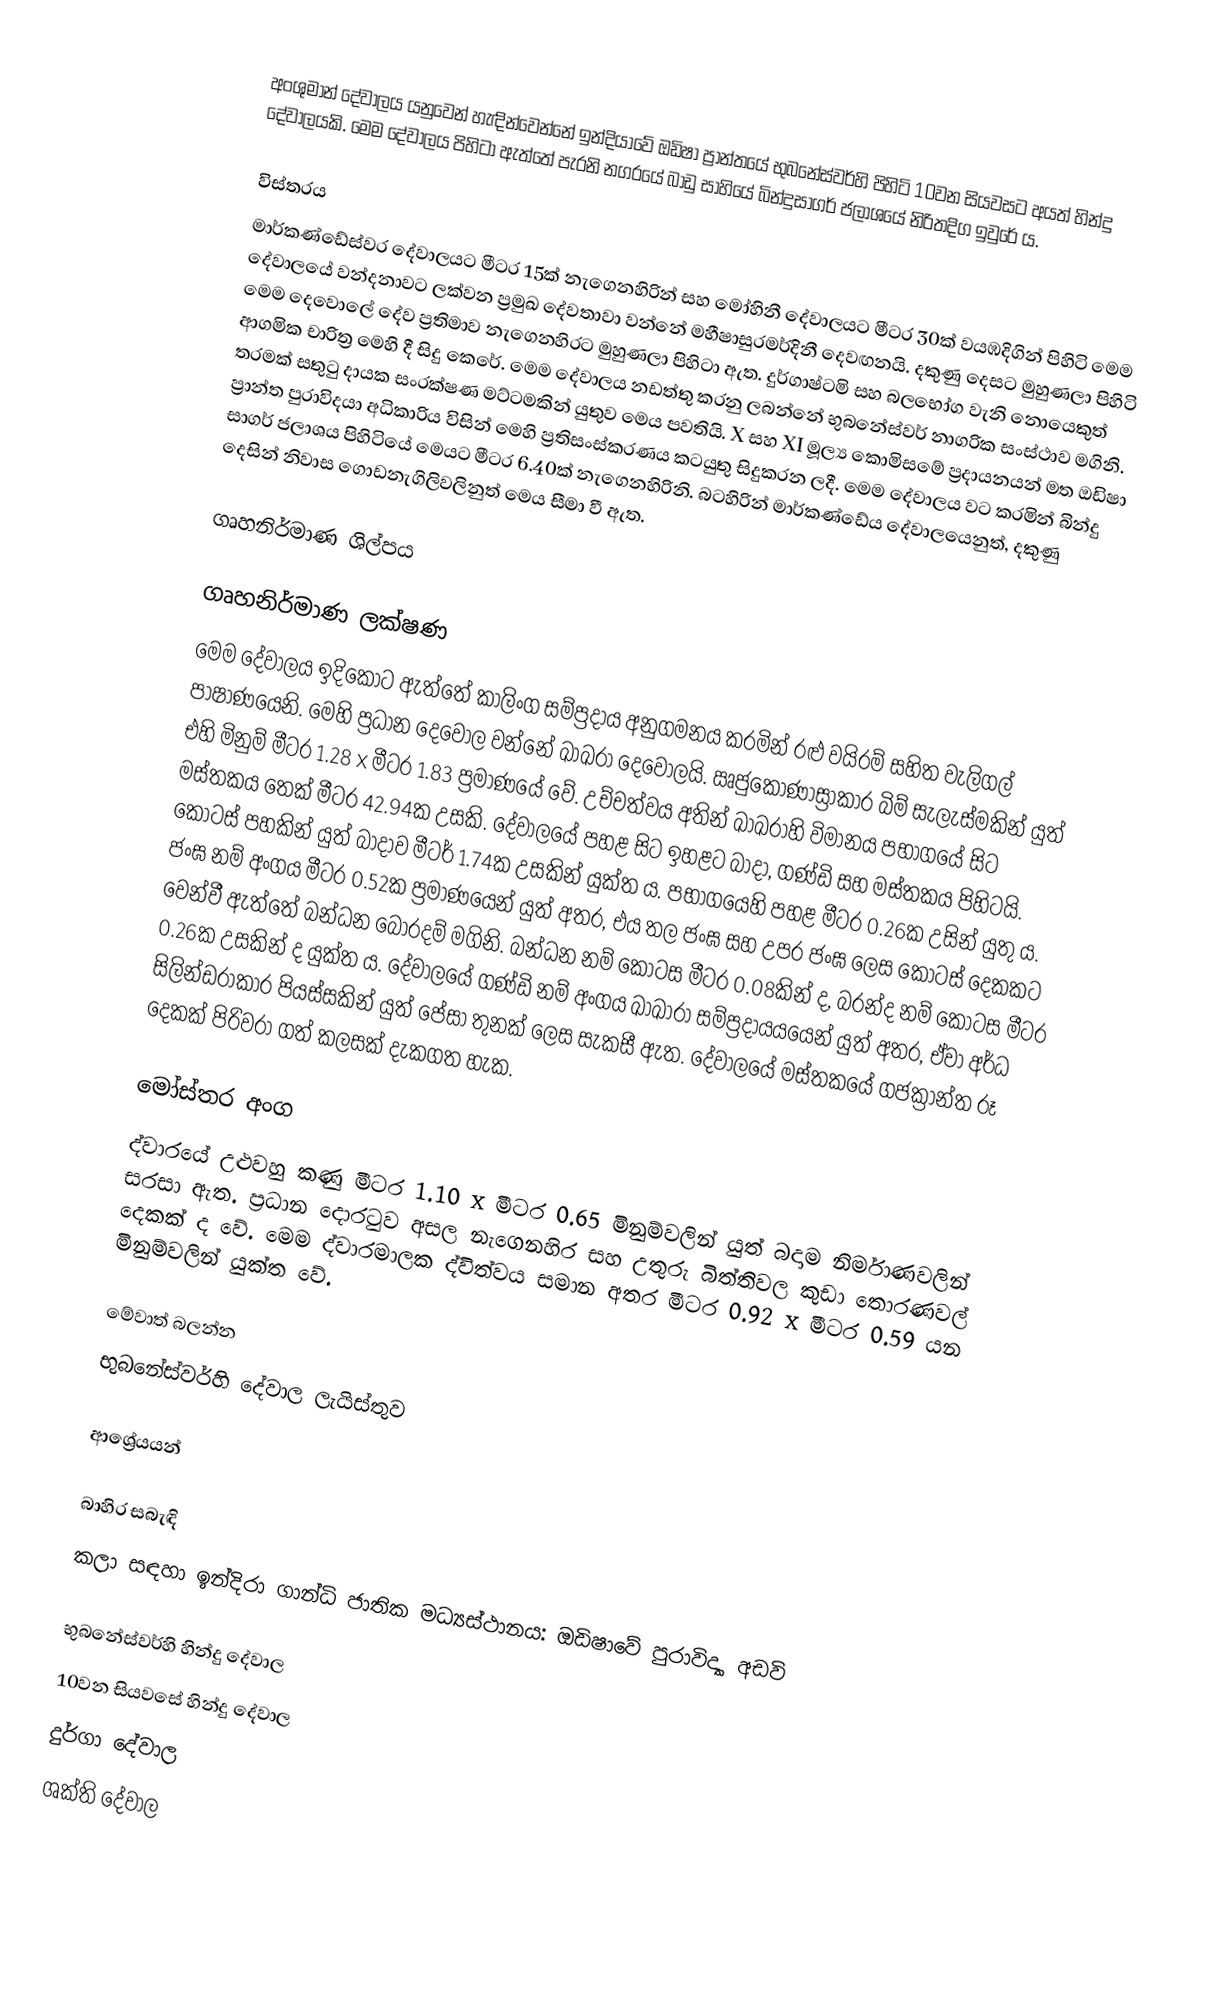
අංශුමාන් දේවාලය යනුවෙන් හැඳින්වෙන්නේ ඉන්දියාවේ ඔඩිෂා ප්‍රාන්තයේ භුබනේස්වර්හි පිහිටි 10වන සියවසට අයත් හින්දු දේවාලයකි.  මෙම දේවාලය පිහිටා ඇත්තේ පැරනි නගරයේ බාඩු සාහියේ බින්දුසාගර් ජලාශයේ නිරිතදිග ඉවුරේ ය.

විස්තරය
මාර්කණ්ඩේස්වර දේවාලයට මීටර 15ක් නැගෙනහිරින් සහ මෝහිනී දේවාලයට මීටර 30ක් වයඹදිගින් පිහිටි මෙම දේවාලයේ වන්දනාවට ලක්වන ප්‍රමුඛ දේවතාවා වන්නේ මහීෂාසුරමර්දිනී දෙවඟනයි. දකුණු දෙසට මුහුණලා පිහිටි මෙම දෙවොලේ දේව ප්‍රතිමාව නැගෙනහිරට මුහුණලා පිහිටා ඇත. දුර්ගාෂ්ටමි සහ බලභෝග වැනි නොයෙකුත් ආගමික චාරිත්‍ර මෙහි දී සිදු කෙරේ. මෙම දේවාලය නඩත්තු කරනු ලබන්නේ භුබනේස්වර් නාගරික සංස්ථාව මගිනි. තරමක් සතුටු දායක සංරක්ෂණ මට්ටමකින් යුතුව මෙය පවතියි. X සහ XI මූල්‍ය කොමිසමේ ප්‍රදායනයන් මත ඔඩිෂා ප්‍රාන්ත පුරාවිදයා අධිකාරිය විසින් මෙහි ප්‍රතිසංස්කරණය කටයුතු සිදුකරන ලදී. මෙම දේවාලය වට කරමින් බින්දු සාගර් ජලාශය පිහිටියේ මෙයට මීටර 6.40ක් නැගෙනහිරිනි. බටහිරින් මාර්කණ්ඩේය දේවාලයෙනුත්, දකුණු දෙසින් නිවාස ගොඩනැගිලිවලිනුත් මෙය සීමා වී ඇත.

ගෘහනිර්මාණ ශිල්පය

ගෘහනිර්මාණ ලක්ෂණ
මෙම දේවාලය ඉදිකොට ඇත්තේ කාලිංග සම්ප්‍රදාය අනුගමනය කරමින් රළු වයිරම් සහිත වැලිගල් පාෂාණයෙනි. මෙහි ප්‍රධාන දෙවොල වන්නේ ඛාඛරා දෙවොලයි. ඍජුකෝණාස්‍රාකාර බිම් සැලැස්මකින් යුත් එහි මිනුම් මීටර 1.28 x  මීටර 1.83 ප්‍රමාණයේ වේ. උච්චත්වය අතින් ඛාඛරාහි විමානය පභාගයේ සිට මස්තකය තෙක්  මීටර 42.94ක උසකි. දේවාලයේ පහළ සිට ඉහළට බාදා, ගණ්ඩි සහ මස්තකය පිහිටයි. කොටස් පහකින් යුත් බාදාව මීටර් 1.74ක උසකින් යුක්ත ය. පභාගයෙහි පහළ මීටර 0.26ක උසින් යුතු ය. ජංඝ නම් අංගය මීටර 0.52ක ප්‍රමාණයෙන් යුත් අතර, එය තල ජංඝ සහ උපර ජංඝ ලෙස කොටස් දෙකකට වෙන්වී ඇත්තේ බන්ධන බොරදම් මගිනි. බන්ධන නම් කොටස මීටර 0.08කින් ද, බරන්ද නම් කොටස මීටර 0.26ක උසකින් ද යුක්ත ය. දේවාලයේ ගණ්ඩි නම් අංගය ඛාඛාරා සම්ප්‍රදායයයෙන් යුත් අතර, ඒවා අර්ධ සිලින්ඩරාකාර පියස්සකින් යුත් පේසා තුනක් ලෙස සැකසී ඇත. දේවාලයේ මස්තකයේ ගජක්‍රාන්ත රූ දෙකක් පිරිවරා ගත් කලසක් දැකගත හැක.

මෝස්තර අංග
ද්වාරයේ උළුවහු කණු මීටර 1.10 x මීටර 0.65 මිනුම්වලින් යුත් බදාම නිර්මාණවලින් සරසා ඇත. ප්‍රධාන දොරටුව අසල නැගෙනහිර සහ උතුරු බිත්තිවල කුඩා තොරණවල් දෙකක් ද වේ. මෙම ද්වාරමාලක ද්විත්වය සමාන අතර මීටර 0.92 x මීටර 0.59 යන මිනුම්වලින් යුක්ත ‍වේ.

මේවාත් බලන්න
 භුබනේස්වර්හි දේවාල ලැයිස්තුව

ආශ්‍රේයයන්

බාහිර සබැඳි
කලා සඳහා ඉන්දිරා ගාන්ධි ජාතික මධ්‍යස්ථානය: ඔඩිෂාවේ පුරාවිද්‍යා අඩවි

භුබනේස්වර්හි හින්දු දේවාල
10වන සියවසේ හින්දු දේවාල
දුර්ගා දේවාල
ශක්ති දේවාල